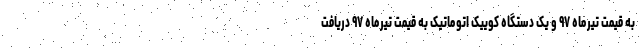
به قیمت تیرماه ۹۷ و یک دستگاه کوییک اتوماتیک به قیمت تیرماه ۹۷ دریافت